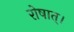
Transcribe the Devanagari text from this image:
रोषात्।